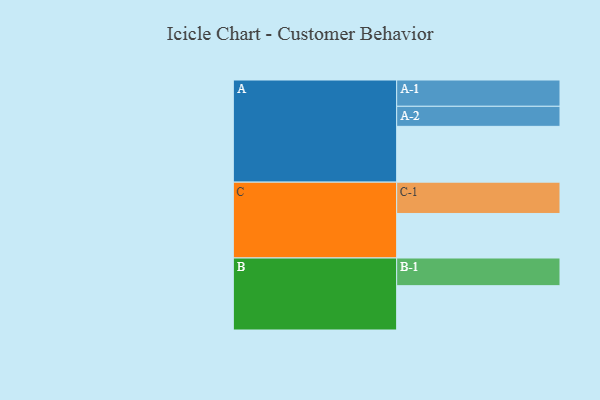
{"axis": {"x": "Segment", "y": "Value"}, "legend": ["", "A", "B", "C"], "data": [{"x": "A", "y": 520, "type": ""}, {"x": "B", "y": 413, "type": ""}, {"x": "C", "y": 415, "type": ""}, {"x": "A-1", "y": 245, "type": "A"}, {"x": "A-2", "y": 187, "type": "A"}, {"x": "B-1", "y": 258, "type": "B"}, {"x": "C-1", "y": 292, "type": "C"}]}